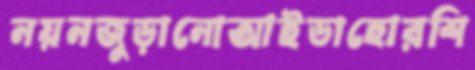
নয়নজুড়ানোআইডাহোরশি